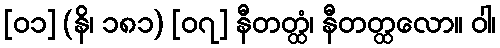
[၀၁] (နိ၊ ၁၈၁) [၀၇] နီတတ္ထံ၊ နီတတ္ထလော။ ဝါ၊